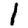
Digit: 1